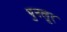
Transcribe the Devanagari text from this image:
पुनलूर